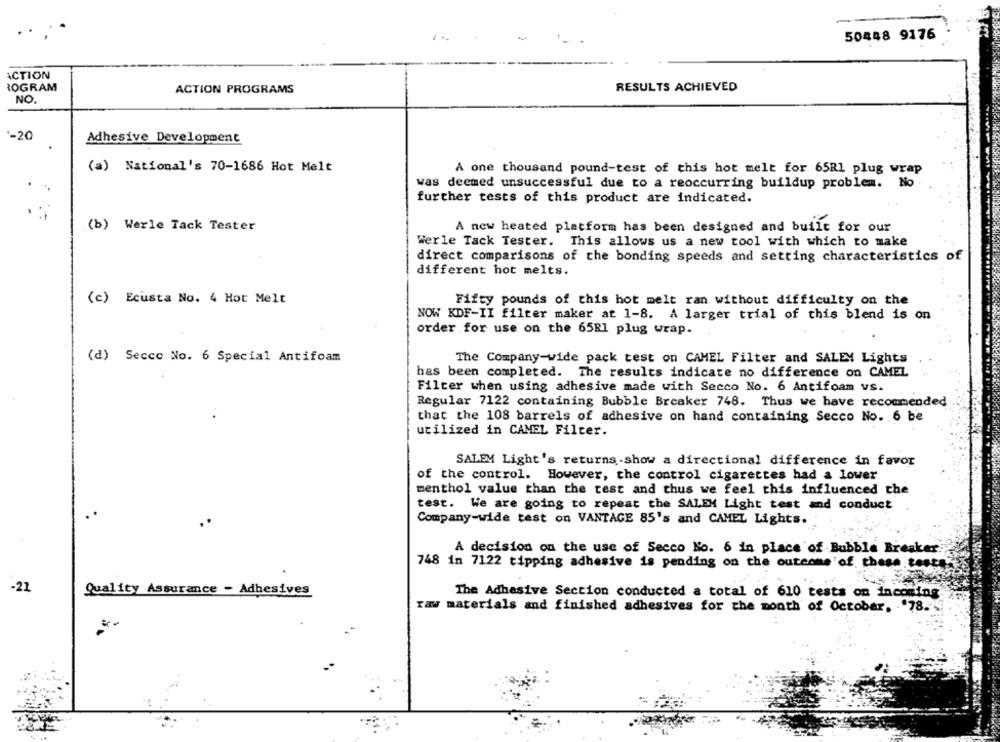
50448 9176
ACTION
ROGRAM
ACTION PROGRAMS
RESULTS ACHIEVED
NO.
'-20
Adhesive Development
(a) National's 70-1686 Hot Melt
A one thousand pound-test of this hot melt for 65R1 plug wrap
was deemed unsuccessful due to a reoccurring buildup problem. No
further tests of this product are indicated.
(b) Werle Tack Tester
A new heated platform has been designed and built for our
Werle Tack Tester. This allows us a new tool with which to make
direct comparisons of the bonding speeds and setting characteristics of
different hot melts.
(c) Ecusta No. 4 Hot Melt
Fifty pounds of this hot melt ran without difficulty on the
NOW KDF-II filter maker at 1-8. A larger trial of this blend is on
order for use on the 65R1 plug wrap.
(d) Secco No. 6 Special Antifoam
The Company-wide pack test on CAMEL Filter and SALEM Lights
has been completed. The results indicate no difference on CAMEL
Filter when using adhesive made with Secco No. 6 Antifoam vS.
Regular 7122 containing Bubble Breaker 748. Thus we have recommended
that the 108 barrels of adhesive on hand containing Secco No. 6 be
utilized in CAMEL Filter.
SALEM Light's returns.show a directional difference in favor
of the control. However, the control cigarettes had a lower
menthol value than the test and thus we feel this influenced the
test. We are going to repeat the SALEM Light test and conduct
Company-wide test on VANTAGE 85's and CAMEL Lights.
A decision on the use of Secco No. 6 in place of Bubble Breaker
748 in 7122 tipping adhesive is pending on the outcome of these testa
-21
Quality Assurance - Adhesives
The Adhesive Section conducted a total of 610 tests on incoming
raw materials and finished adhesives for the month of October, "78.